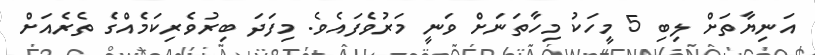
އަނިޔާތަށް ލިބި 5 މީހަކު މިހާތަނަށް ވަނީ މަރުވެފައެވެ. މިފަދަ ބިރުވެރިކަމެއްގެ ތެެރެއަށް